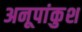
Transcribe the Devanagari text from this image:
अनूपांकुश